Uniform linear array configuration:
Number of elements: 16
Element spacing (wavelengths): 1
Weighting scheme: uniform
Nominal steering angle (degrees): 0
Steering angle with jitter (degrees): -1.333
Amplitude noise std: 0.05
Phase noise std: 0.05

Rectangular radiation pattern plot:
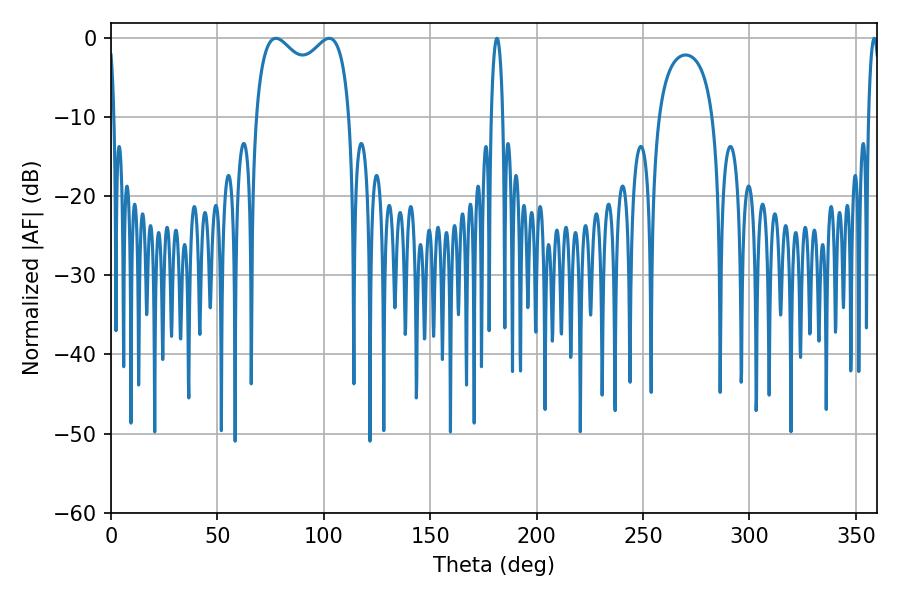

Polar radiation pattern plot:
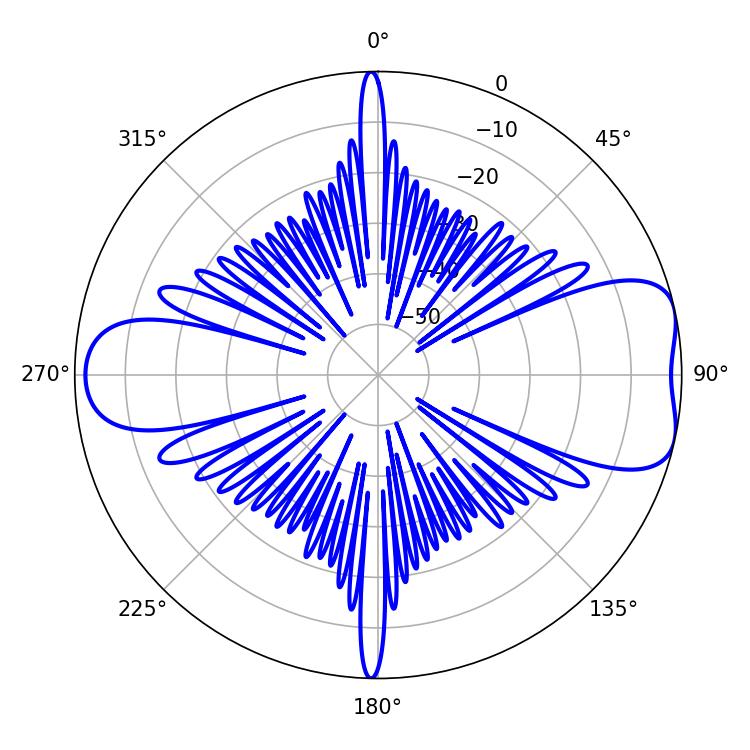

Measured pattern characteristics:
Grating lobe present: TRUE
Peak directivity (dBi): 7.575
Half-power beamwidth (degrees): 36.72
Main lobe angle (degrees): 77.4